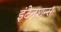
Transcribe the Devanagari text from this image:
इंटेनशन्स